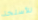
للأسلحة